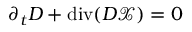
\partial _ { t } D + \operatorname { d i v } ( D \mathcal { X } ) = 0